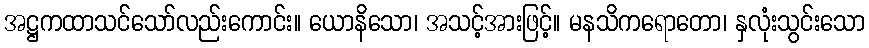
အဋ္ဌကထာသင်သော်လည်းကောင်း။ ယောနိသော၊ အသင့်အားဖြင့်။ မနသိကရောတော၊ နှလုံးသွင်းသော